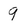
Character: 9